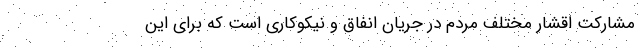
مشارکت اقشار مختلف مردم در جریان انفاق و نیکوکاری است که برای این